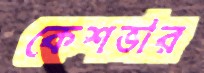
কেশভার